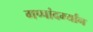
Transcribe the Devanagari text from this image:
गप्पांदर्म्यान